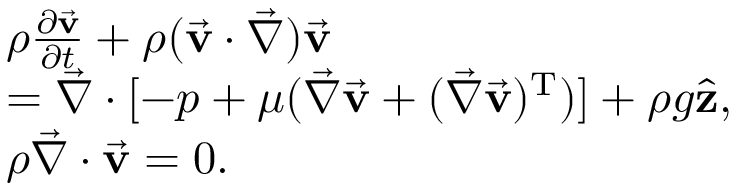
\begin{array} { r l } & { \rho \frac { \partial \vec { \bf v } } { \partial t } + \rho ( \vec { \bf v } \cdot \vec { \nabla } ) \vec { \bf v } } \\ & { = \vec { \nabla } \cdot [ - p + \mu ( \vec { \nabla } \vec { \bf v } + ( \vec { \nabla } \vec { \bf v } ) ^ { \mathrm { T } } ) ] + \rho g \hat { \bf z } , } \\ & { \rho \vec { \nabla } \cdot \vec { \bf v } = 0 . } \end{array}